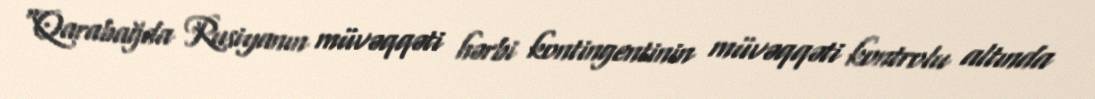
“Qarabağda Rusiyanın müvəqqəti hərbi kontingentinin müvəqqəti kontrolu altında